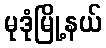
မုဒုံမြို့နယ်